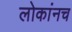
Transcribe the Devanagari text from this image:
लोकांनच